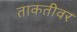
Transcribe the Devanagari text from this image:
ताकतीवर